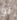
لو